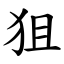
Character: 狙